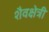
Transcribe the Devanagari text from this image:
शैवक्षेत्री